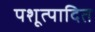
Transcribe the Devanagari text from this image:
पशूत्पादित